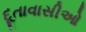
દૂતાવાસીઓ